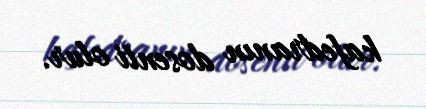
kafedranın dosenti olur.